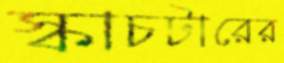
স্কাচটারের